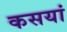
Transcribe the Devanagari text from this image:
कसयां